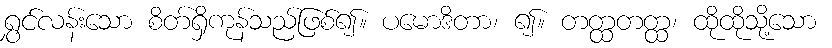
ရွှင်လန်းသော စိတ်ရှိကုန်သည်ဖြစ်၍။ ပမောဒိတာ၊ ၍။ တတ္ထတတ္ထ၊ ထိုထိုသို့သော